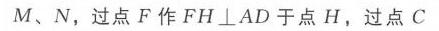
$M、N$，过点$F$作$FH\perp AD$于点$H$，过点$C$